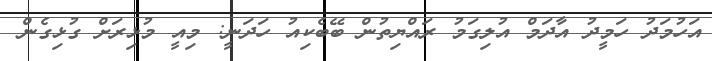
އަހުމަދު ހަމީދު އާދަމް އުލިގަމު ރައްޔިތުން ބޭބެކިއު ހަދަނީ: މިއީ މުޅިރަށް ގުޅިގެން